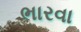
ભારવા